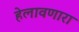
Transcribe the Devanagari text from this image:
हेलावणारा